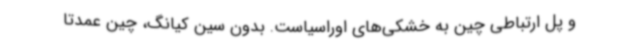
و پل ارتباطی چین به خشکی‌های اوراسیاست. بدون سین کیانگ، چین عمدتاً